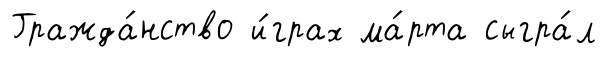
Гражда́нство и́грах ма́рта сыгра́л